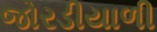
જોરડીયાળી